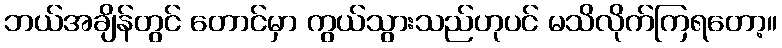
ဘယ်အချိန်တွင် တောင်မှာ ကွယ်သွားသည်ဟုပင် မသိလိုက်ကြရတော့။